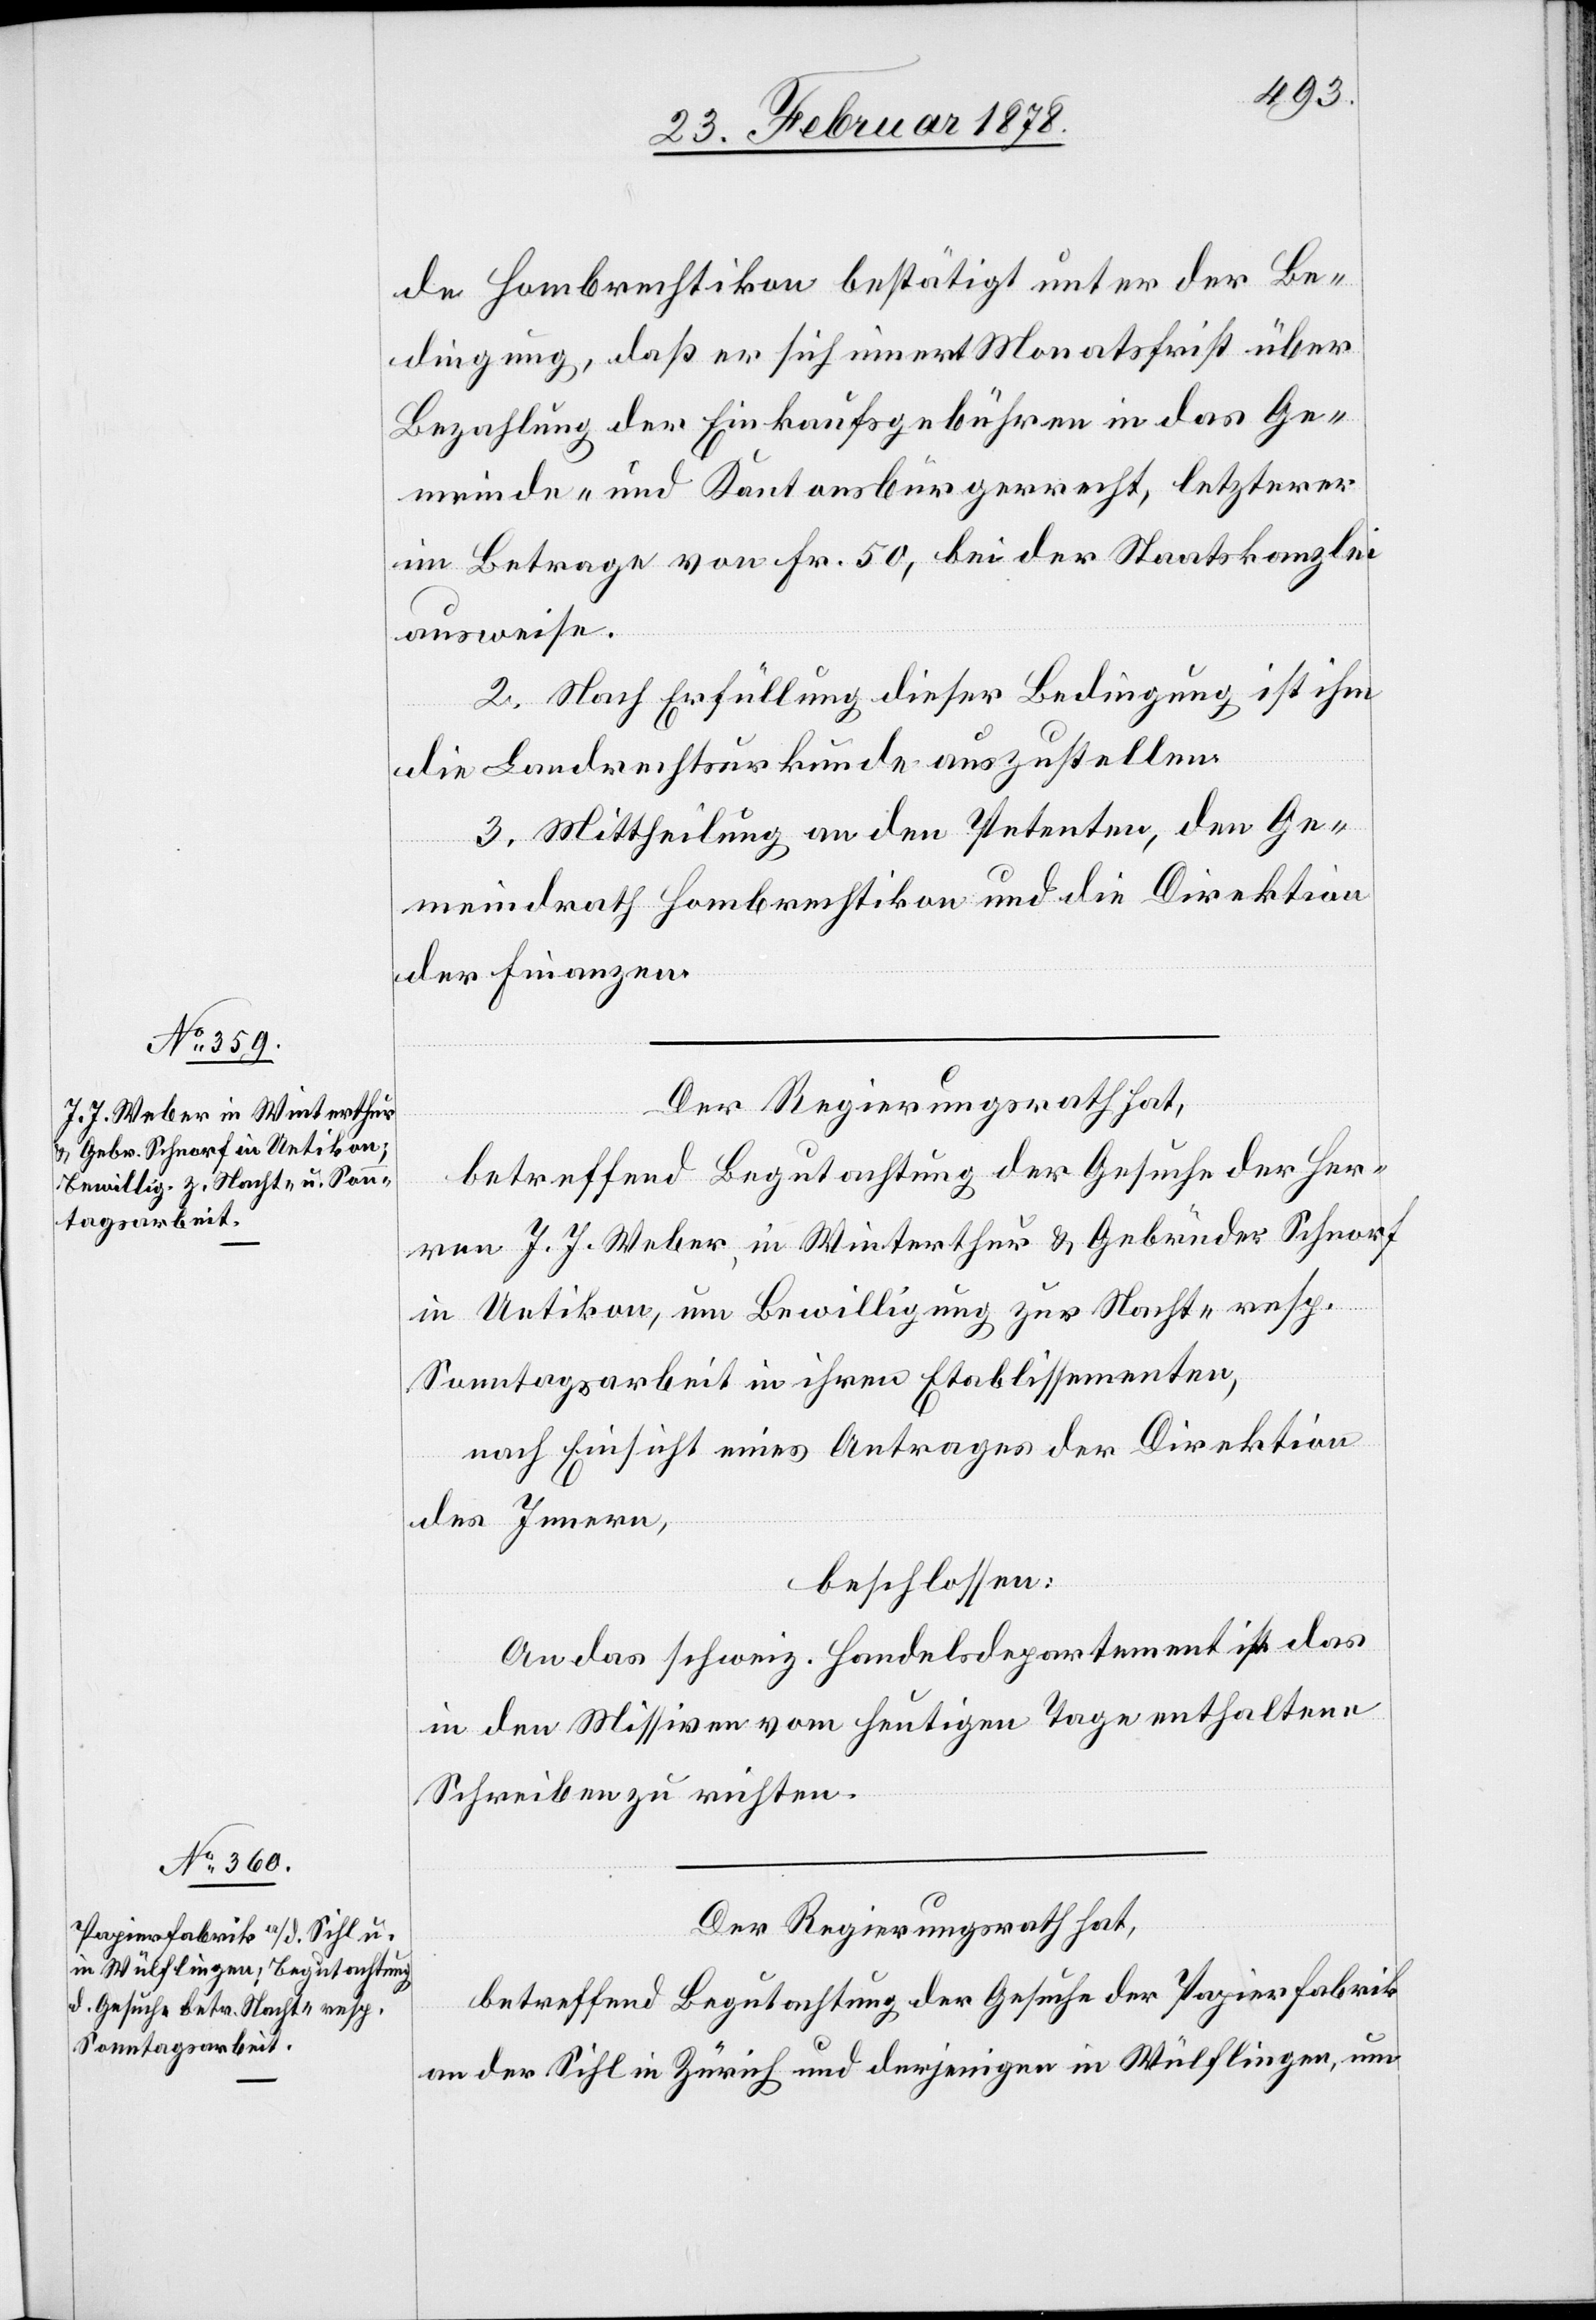
de Hombrechtikon bestätigt unter der Be¬
dingung, daß er sich innert Monatsfrist über
Bezahlung der Einkaufsgebühren in das Ge¬
meinde- und Kantonsbürgerrecht, letzterer
im Betrage von Fr. 50, bei der Staatskanzlei
ausweise.
2. Nach Erfüllung dieser Bedingung ist ihm
die Landrechtsurkunde auszustellen.
3. Mittheilung an den Petenten, den Ge¬
meindrath Hombrechtikon und die Direktion
der Finanzen.
Der Regierungsrath hat,
betreffend Begutachtung der Gesuche der Her¬
ren J. J. Weber, in Winterthur & Gebrüder Schnorf
in Uetikon, um Bewilligung zur Nacht- resp.
Sonntagsarbeit in ihren Etablissementen,
nach Einsicht eines Antrages der Direktion
des Innern,
beschlossen:
An das schweiz. Handelsdepartement ist das
in den Missiven vom heutigen Tage enthaltene
Schreiben zu richten.
Der Regierungsrath hat,
betreffend Begutachtung der Gesuche der Papierfabrik
an der Sihl in Zürich und derjenigen in Wülflingen, um